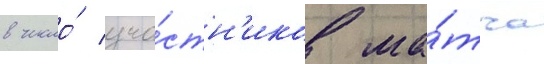
в число́ уча́стн'иков ма́тча